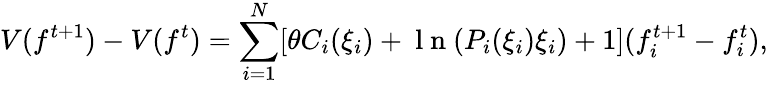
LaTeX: V(f^{t+1})-V(f^{t})=\sum_{i=1}^{N}[\theta C_{i}(\xi_{i})+\mathrm{~l~n~}(P_{i}(\xi_{i})\xi_{i})+1](f_{i}^{t+1}-f_{i}^{t}),